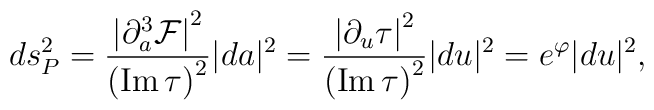
ds_P^2={\left|{\partial^3_a{\cal F}}\right|^2\over\left({\rm Im}\, \tau\right)^2}|da|^2={\left|\partial_u \tau\right|^2\over\left({\rm Im}\,\tau\right)^2}|du|^2=e^{\varphi} |du|^2,